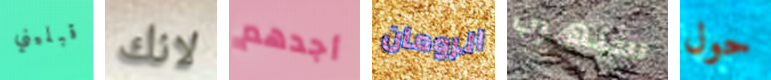
قبليني لانك أجدهم الرومان سنهرب حول